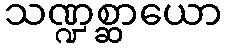
သဏ္ဍစ္ဆာယော